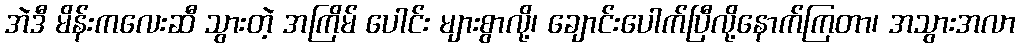
အဲဒီ မိန်းကလေးဆီ သွားတဲ့ အကြိမ် ပေါင်း များစွာလို့၊ ချောင်းပေါက်ပြီလို့နောက်ကြတာ၊ အသွားအလာ